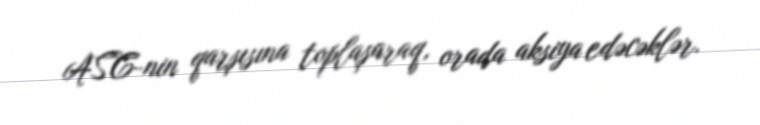
ASC-nin qarşısına toplaşaraq, orada aksiya edəcəklər.